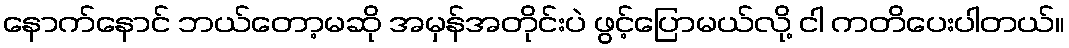
နောက်နောင် ဘယ်တော့မဆို အမှန်အတိုင်းပဲ ဖွင့်ပြောမယ်လို့ ငါ ကတိပေးပါတယ်။